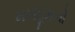
મખદૂમનો